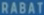
RABATT